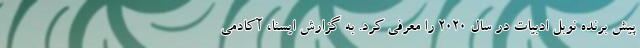
پیش برنده نوبل ادبیات در سال ۲۰۲۰ را معرفی کرد. به گزارش ایسنا، آکادمی